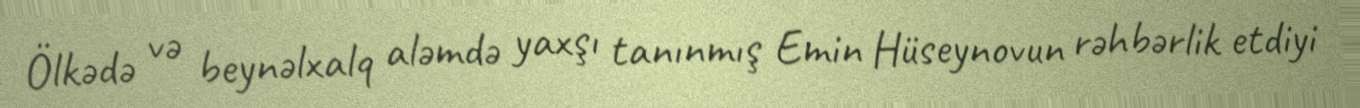
Ölkədə və beynəlxalq aləmdə yaxşı tanınmış Emin Hüseynovun rəhbərlik etdiyi